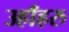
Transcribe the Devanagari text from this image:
उहाँहरु